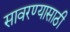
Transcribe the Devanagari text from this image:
सावरण्यासाठी